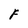
Character: F